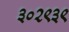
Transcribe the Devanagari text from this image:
३०२९३९